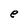
Character: e